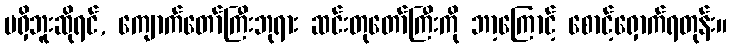
မရှိဘူးဆိုရင်, ကျောက်တော်ကြီးဘုရား ဆင်းတုတော်ကြီးကို ဘာ့ကြောင့် စောင့်ရှောက်ရတုန်း။